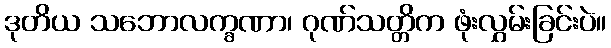
ဒုတိယ သဘောလက္ခဏာ၊ ဂုဏ်သတ္တိက ဖုံးလွှမ်းခြင်းပဲ။